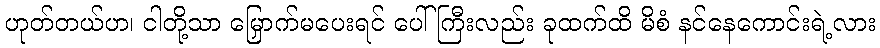
ဟုတ်တယ်ဟ၊ ငါတို့သာ မြှောက်မပေးရင် ပေါ်ကြီးလည်း ခုထက်ထိ မိစံ နင်နေကောင်းရဲ့လား